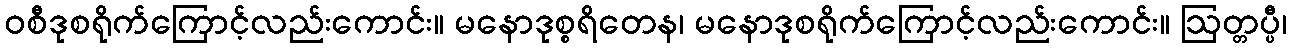
ဝစီဒုစရိုက်ကြောင့်လည်းကောင်း။ မနောဒုစ္စရိတေန၊ မနောဒုစရိုက်ကြောင့်လည်းကောင်း။ ဩတ္တပ္ပီ၊